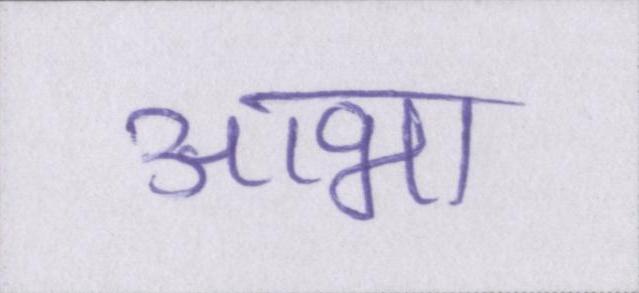
आभा